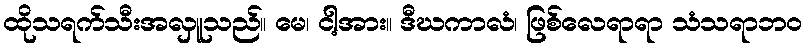
ထိုသရက်သီးအလှူသည်။ မေ၊ ငါ့အား။ ဒီဃကာလံ၊ ဖြစ်လေရာရာ သံသရာဘဝ